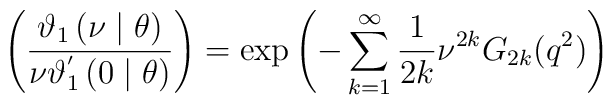
\left( \frac{\mathcal{\vartheta }_{1}\left( \nu \mid \theta \right) }{\nu \mathcal{\vartheta }_{1}^{^{\prime }}\left( 0\mid \theta \right) }\right)=\exp \left( -\sum\limits_{k=1}^{\infty }\frac{1}{2k}\nu^{2k}G_{2k}(q^{2})\right)